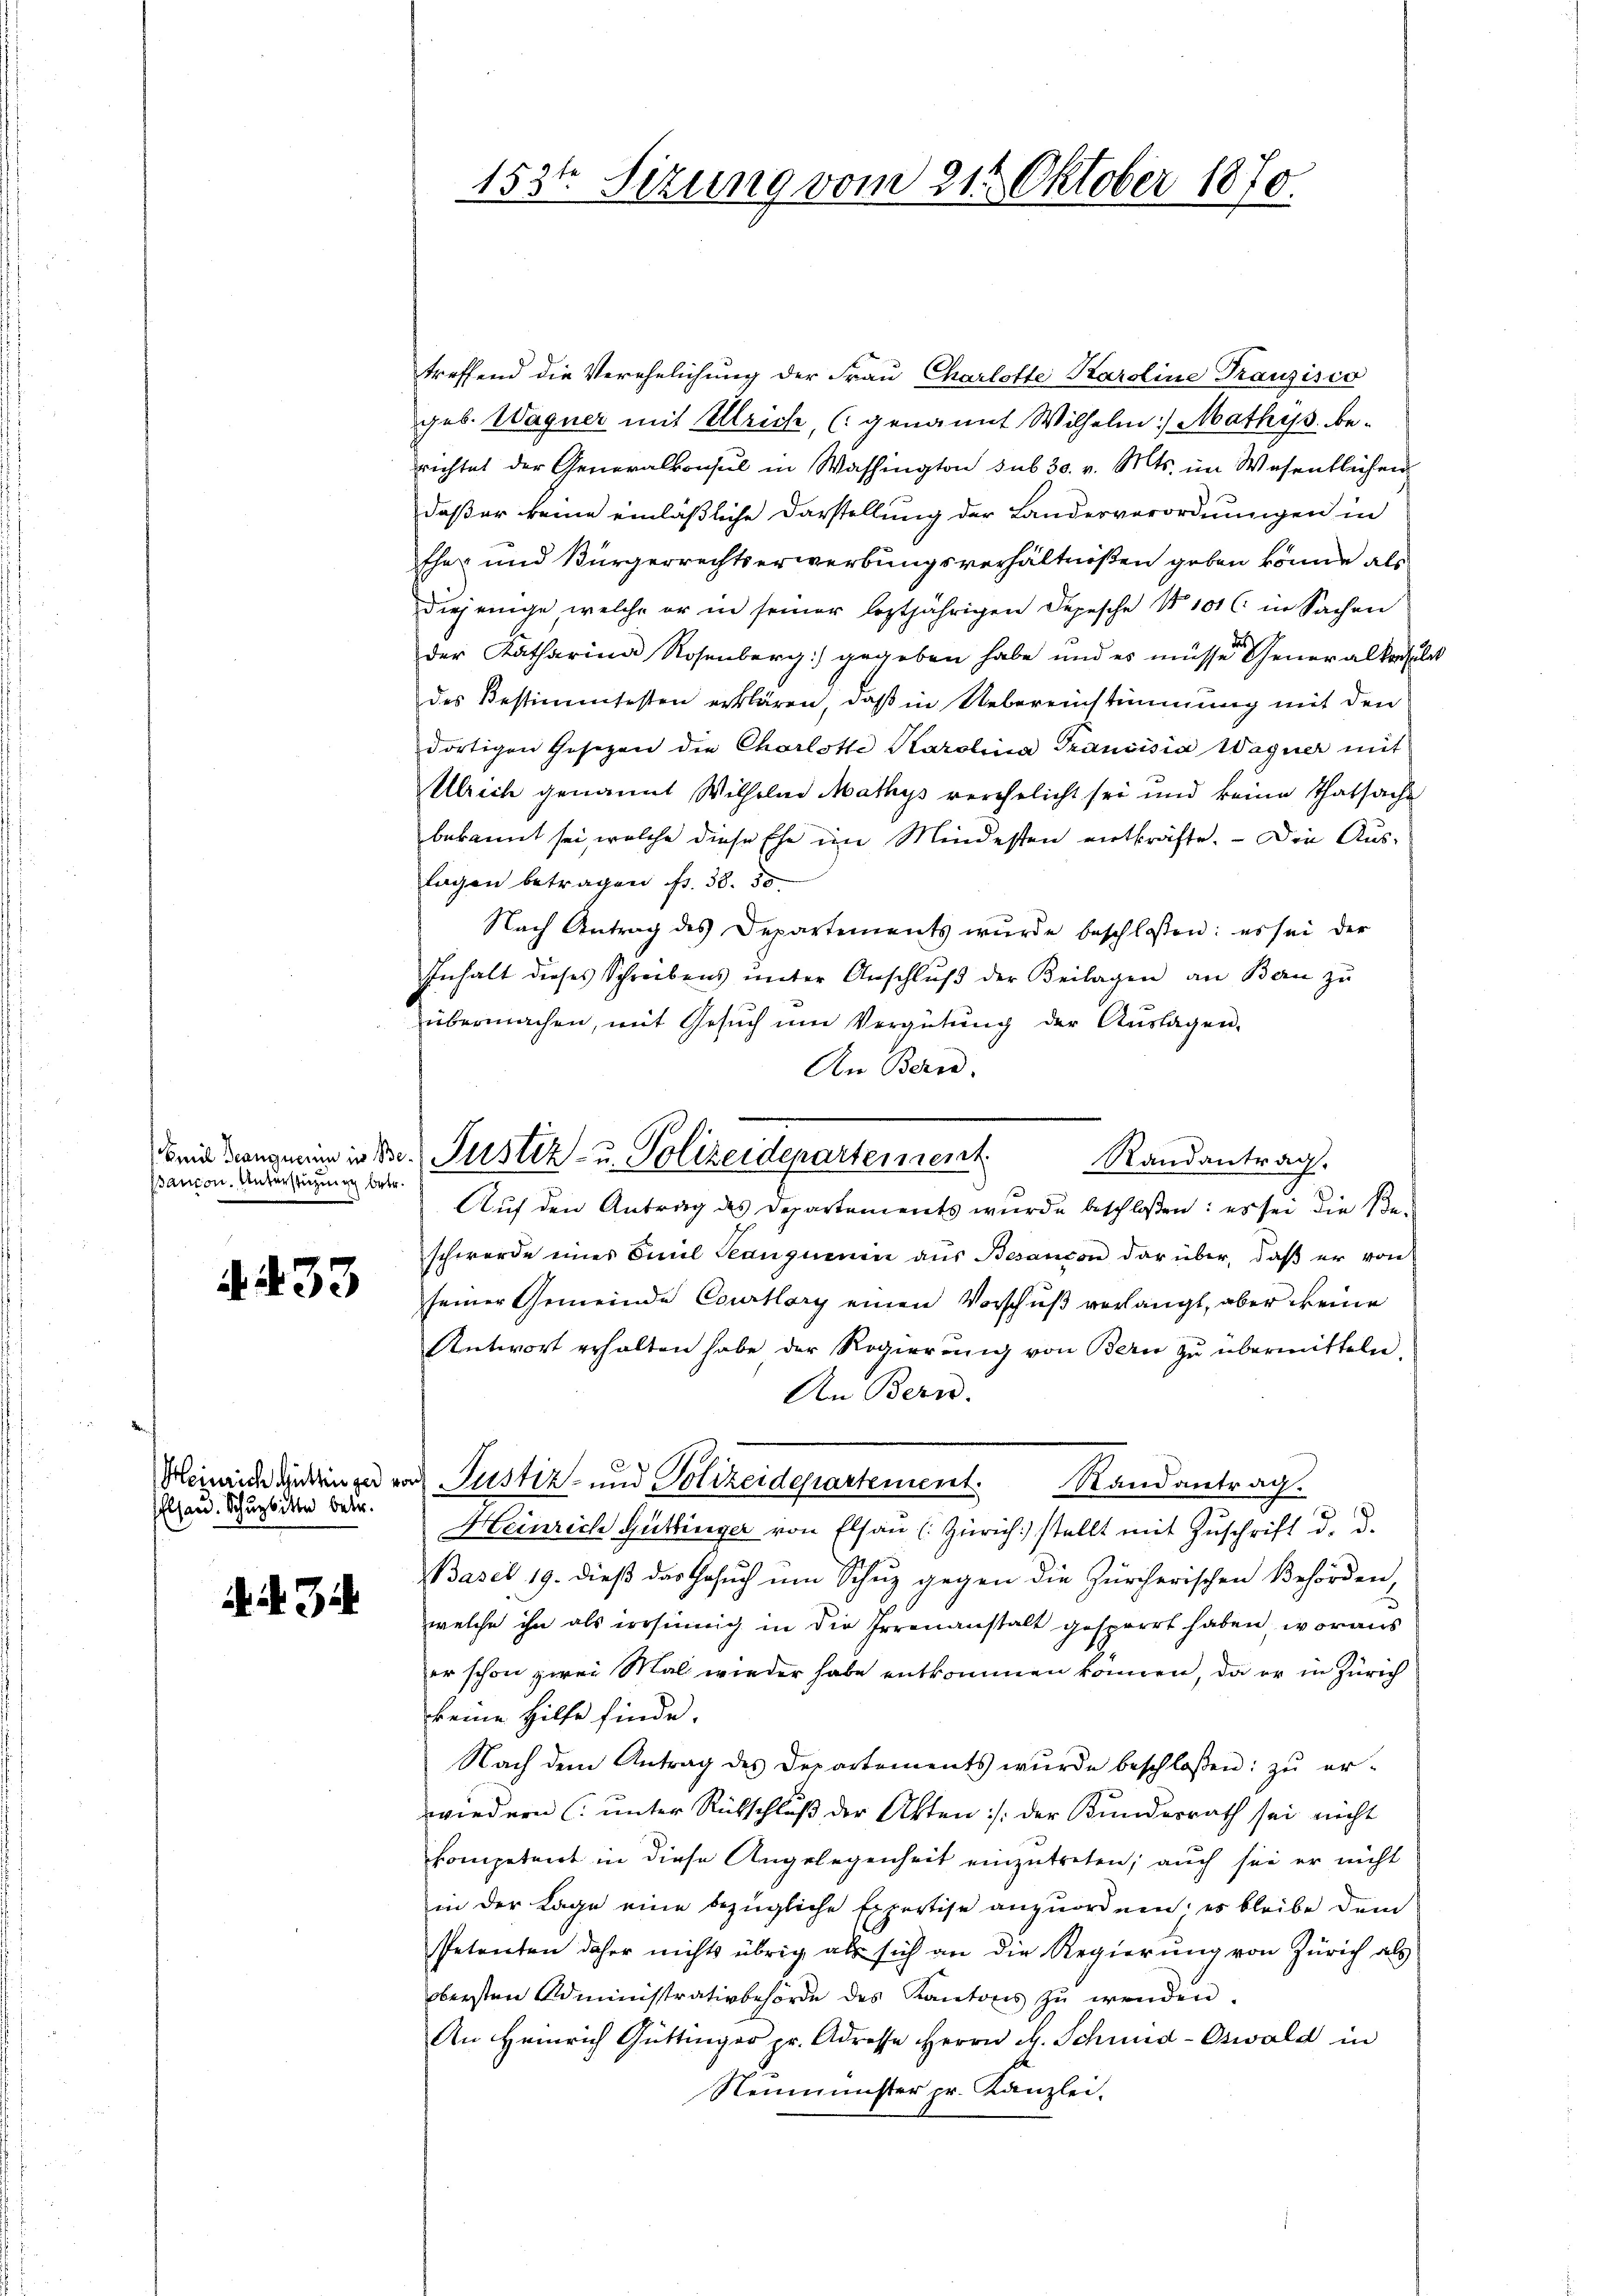
Bancon. Unterstützung betr.

A. 433

Elsaud. Schubitte betr.

d. d. J

153te Sizung vom 21. Oktober 1870.

Bei dans man in die Justiz- u. Polizeidepartement
Randantrag.

treffend die Verehelichung der Frau Charlotte Karoline Trauzisio
geb. Wagner mit Ulrich, (genannt Wilhelm Mathys. berichtet der Generalkonsul in Washington sub 30. v. Mts. im Wesentlichen
daß er keine einläßliche Darstellung der Landesverordnungen in
Eher und Bürgerrechtserwerbungsverhältnißen geben könne, als
diejenige, welche er in seiner leztjährigen Depesche No 101 l. in Sachen
der Katharina Rosenberg) gegeben habe und es müsse Generalkonsula
des Bestimmtesten erklären, daß in Uebereinstimmung mit den
dortigen Gesetzen die Charlotte Karolina Transisia Wagner mit
Ulrich genannt Wilhelm Mathys verehelicht sei und keine Thatsache
bekannt sei, welche diese Ehe im Mindesten entkräfte. – Die Auslagen betragen fr. 38. 50
Nach Antrag des Departements wurde beschlossen: es sei der
Inhalt dieses Schreibens ŭnter Anschlŭβ der Beilagen an Bau zu
übermachen, mit Gesŭch ŭm Vergütŭng der Aŭslagen.
An Bern.
Auf den Antrag des Departements wurde beschloßen: es sei die Be-
schwerde eines Emil Seanguenin aus Besançon darüber, daß er von
seiner Gemeinde Courtlary einen Vorschuß verlangt, aber keine
Antwort erhalten habe der Regierŭng von Bern zu übermitteln
An Bern.
Heinrich geringer nach Justiz- und Polizeidepartement. Randantrag.
Heinrich Güttinger von Elsau (Zürich) stellt mit Zuschrift d. d.
Basel 19. dieß das Gesuch um Schuz gegen die Zürcherischen Behörden,
welche ihn als irrsinnig in die Irrenanstalt gesperrt haben, woraus
er schon zwei Mal wieder habe entkommen können, da er in Zürich
keine Hilfe finde.
Nach dem Antrag des Departements wŭrde beschloßen: zŭ er-
wiedern (unter Rückschluß der Akten :/ der Bundesrath sei nicht
kompetiert in diese Angelegenheit einzutreten; auch sei er nicht
in der Lage eine bezügliche Expertise anzuordnen; es bleibe dem
Petenten daher nichts übrig als sich an die Regierung von Zürich als
obersten Administrativbehörde des Kantons zŭ wenden.
An Heinrich Güttinger pr. Adresse Herrn M. Schmid-Oswald in
Neumünster pr. Kanzlei.